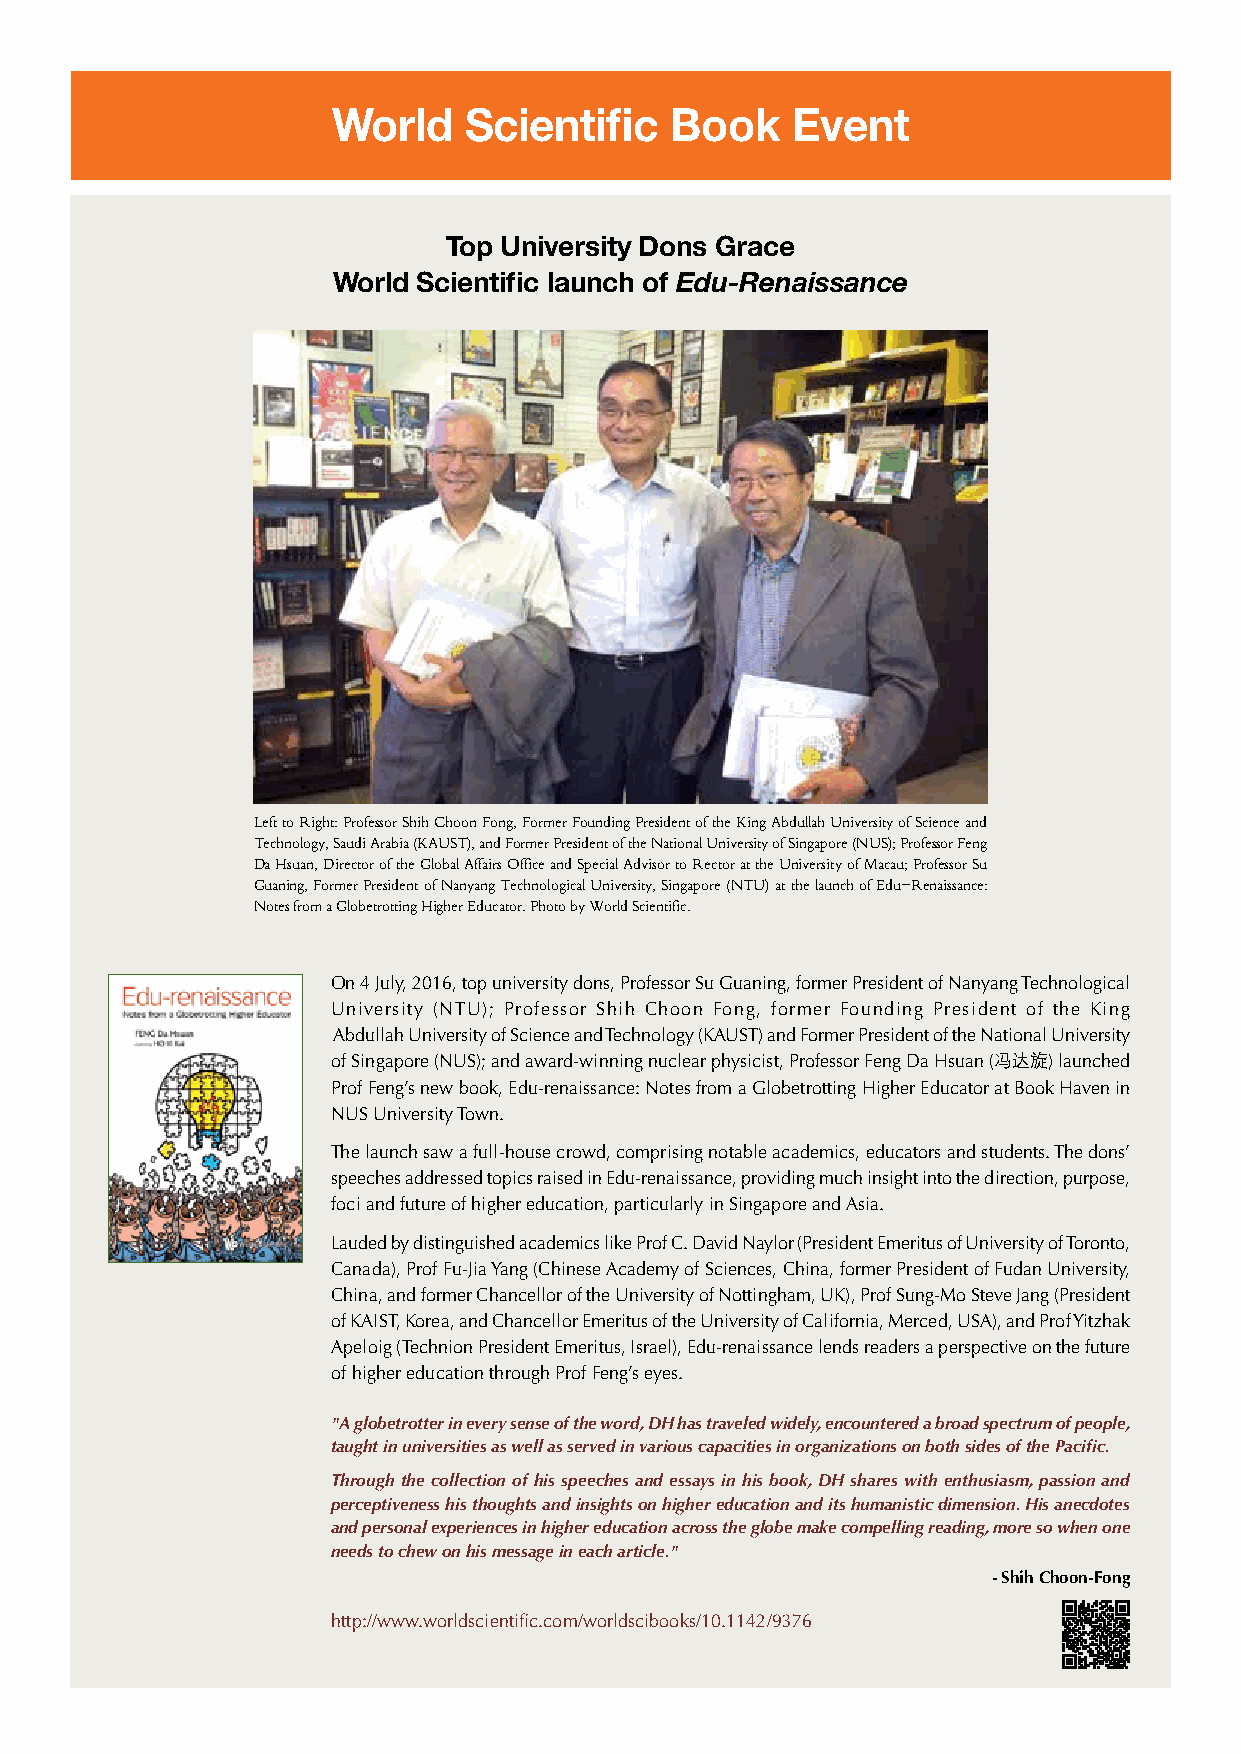
World    Scientific   Book    Event
 Top University Dons Grace
 World Scientific launch of Edu-Renaissance
 Left to Right: Professor Shih Choon Fong, Former Founding President of the King Abdullah University of Science and
 Technology, Saudi Arabia (KAUST), and Former President of the National University of Singapore (NUS); Professor Feng
 Da Hsuan, Director of the Global Affairs Office and Special Advisor to Rector at the University of Macau; Professor Su
 Guaning, Former President of Nanyang Technological University, Singapore (NTU) at the launch of Edu-Renaissance:
 Notes from a Globetrotting Higher Educator. Photo by World Scientific.
 On 4 July, 2016, top university dons, Professor Su Guaning, former President of Nanyang Technological
 University (NTU); Professor Shih Choon Fong, former Founding President of the King
 Abdullah University of Science and Technology (KAUST) and Former President of the National University
 of Singapore (NUS); and award-winning nuclear physicist, Professor Feng Da Hsuan (冯达旋) launched
 Prof Feng’s new book, Edu-renaissance: Notes from a Globetrotting Higher Educator at Book Haven in
 NUS University Town.
 The launch saw a full-house crowd, comprising notable academics, educators and students. The dons’
 speeches addressed topics raised in Edu-renaissance, providing much insight into the direction, purpose,
 foci and future of higher education, particularly in Singapore and Asia.
 Lauded by distinguished academics like Prof C. David Naylor (President Emeritus of University of Toronto,
 Canada), Prof Fu-Jia Yang (Chinese Academy of Sciences, China, former President of Fudan University,
 China, and former Chancellor of the University of Nottingham, UK), Prof Sung-Mo Steve Jang (President
 of KAIST, Korea, and Chancellor Emeritus of the University of California, Merced, USA), and Prof Yitzhak
 Apeloig (Technion President Emeritus, Israel), Edu-renaissance lends readers a perspective on the future
 of higher education through Prof Feng’s eyes.
 "A globetrotter in every sense of the word, DH has traveled widely, encountered a broad spectrum of people,
 taught in universities as well as served in various capacities in organizations on both sides of the Pacific.
 Through the collection of his speeches and essays in his book, DH shares with enthusiasm, passion and
 perceptiveness his thoughts and insights on higher education and its humanistic dimension. His anecdotes
 and personal experiences in higher education across the globe make compelling reading, more so when one
 needs to chew on his message in each article."
 - Shih Choon-Fong
 http://www.worldscientific.com/worldscibooks/10.1142/9376